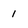
Character: 1